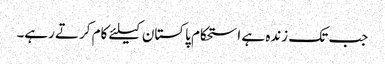
جب تک زندہ ہے استحکام پاکستان کیلئے کام کرتے رہے۔